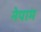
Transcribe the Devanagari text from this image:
नेपाम